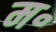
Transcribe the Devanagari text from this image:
म॰